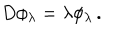
D \phi _ { \lambda } = \lambda \phi _ { \lambda } \, .